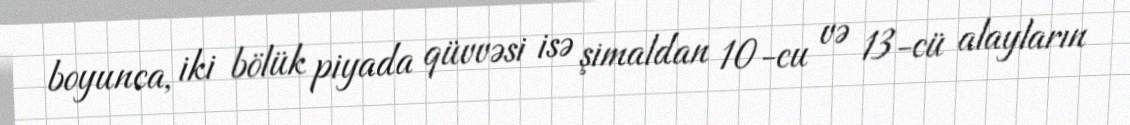
boyunca, iki bölük piyada qüvvəsi isə şimaldan 10-cu və 13-cü alayların